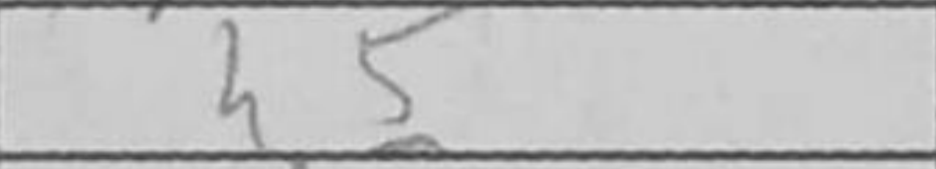
Transcription: h5